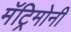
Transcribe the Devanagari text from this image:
मॅट्रिमोनी